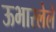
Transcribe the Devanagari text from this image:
ऊभारलेले